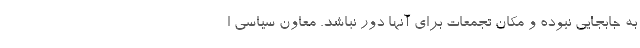
به جابجایی نبوده و مکان تجمعات برای آنها دور نباشد. معاون سیاسی ا